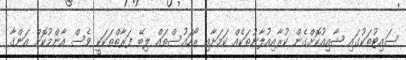
ސައިޓުތަކުގައި ޝާއިއުކޮށްގެން ކުރާއިއުލާނުތަކެއް ކަމަށާއި ރޯހައުސްތައް ލިބޭ ފަރާތްތަކަކީ ވެސް އާންމުކޮށް އަންގާ